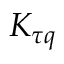
K _ { \tau q }